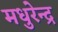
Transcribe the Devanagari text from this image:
मधुरेन्द्र